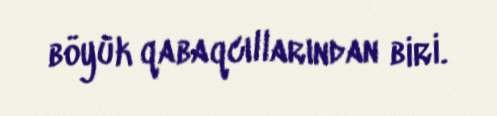
böyük qabaqcıllarından biri.